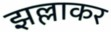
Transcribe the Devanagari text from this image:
झल्लाकर